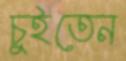
চুইতেন